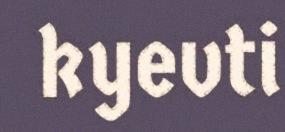
kyevti